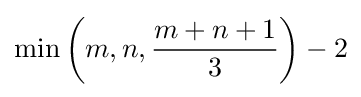
\min \left(m,n,{\frac {m+n+1}{3}}\right)-2